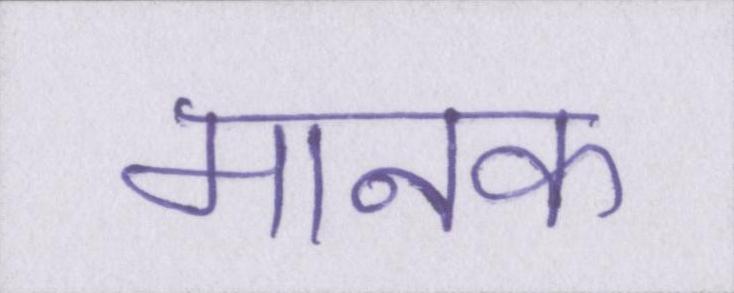
मानक